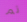
تم